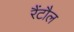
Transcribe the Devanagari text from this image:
रैंटौल